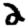
Digit: 2